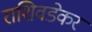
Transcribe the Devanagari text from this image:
राशिवडेकर